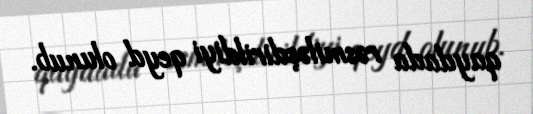
qaydada rəsmiləşdirildiyi qeyd olunub.